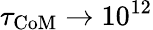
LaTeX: \tau_{\mathrm{CoM}}\to 10^{12}